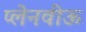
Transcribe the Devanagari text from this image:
प्लेनवीऊ